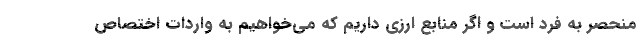
منحصر به فرد است و اگر منابع ارزی داریم که می‌خواهیم به واردات اختصاص